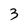
Character: 3